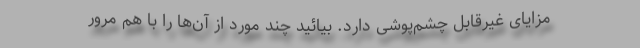
مزایای غیرقابل چشم‌پوشی دارد. بیائید چند مورد از آن‌ها را با هم مرور